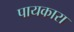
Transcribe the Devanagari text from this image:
पायकारा